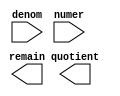
// megafunction wizard: %LPM_DIVIDE%VBB%
// GENERATION: STANDARD
// VERSION: WM1.0
// MODULE: LPM_DIVIDE 

// ============================================================
// Megafunction Name(s):
// 			LPM_DIVIDE
//
// Simulation Library Files(s):
// 			lpm
// ============================================================
// ************************************************************
// THIS IS A WIZARD-GENERATED FILE. DO NOT EDIT THIS FILE!
//
// 13.0.1 Build 232 06/12/2013 SP 1 SJ Web Edition
// ************************************************************

//Copyright (C) 1991-2013 Altera Corporation
//Your use of Altera Corporation's design tools, logic functions 
//and other software and tools, and its AMPP partner logic 
//functions, and any output files from any of the foregoing 
//(including device programming or simulation files), and any 
//associated documentation or information are expressly subject 
//to the terms and conditions of the Altera Program License 
//Subscription Agreement, Altera MegaCore Function License 
//Agreement, or other applicable license agreement, including, 
//without limitation, that your use is for the sole purpose of 
//programming logic devices manufactured by Altera and sold by 
//Altera or its authorized distributors.  Please refer to the 
//applicable agreement for further details.

module ALU_DEVIDE (
	denom,
	numer,
	quotient,
	remain);

	input	[31:0]  denom;
	input	[31:0]  numer;
	output	[31:0]  quotient;
	output	[31:0]  remain;

endmodule

// ============================================================
// CNX file retrieval info
// ============================================================
// Retrieval info: PRIVATE: INTENDED_DEVICE_FAMILY STRING "Cyclone IV GX"
// Retrieval info: PRIVATE: PRIVATE_LPM_REMAINDERPOSITIVE STRING "FALSE"
// Retrieval info: PRIVATE: PRIVATE_MAXIMIZE_SPEED NUMERIC "6"
// Retrieval info: PRIVATE: SYNTH_WRAPPER_GEN_POSTFIX STRING "1"
// Retrieval info: PRIVATE: USING_PIPELINE NUMERIC "0"
// Retrieval info: PRIVATE: VERSION_NUMBER NUMERIC "2"
// Retrieval info: PRIVATE: new_diagram STRING "1"
// Retrieval info: LIBRARY: lpm lpm.lpm_components.all
// Retrieval info: CONSTANT: LPM_DREPRESENTATION STRING "SIGNED"
// Retrieval info: CONSTANT: LPM_HINT STRING "MAXIMIZE_SPEED=6,LPM_REMAINDERPOSITIVE=FALSE"
// Retrieval info: CONSTANT: LPM_NREPRESENTATION STRING "SIGNED"
// Retrieval info: CONSTANT: LPM_TYPE STRING "LPM_DIVIDE"
// Retrieval info: CONSTANT: LPM_WIDTHD NUMERIC "32"
// Retrieval info: CONSTANT: LPM_WIDTHN NUMERIC "32"
// Retrieval info: USED_PORT: denom 0 0 32 0 INPUT NODEFVAL "denom[31..0]"
// Retrieval info: USED_PORT: numer 0 0 32 0 INPUT NODEFVAL "numer[31..0]"
// Retrieval info: USED_PORT: quotient 0 0 32 0 OUTPUT NODEFVAL "quotient[31..0]"
// Retrieval info: USED_PORT: remain 0 0 32 0 OUTPUT NODEFVAL "remain[31..0]"
// Retrieval info: CONNECT: @denom 0 0 32 0 denom 0 0 32 0
// Retrieval info: CONNECT: @numer 0 0 32 0 numer 0 0 32 0
// Retrieval info: CONNECT: quotient 0 0 32 0 @quotient 0 0 32 0
// Retrieval info: CONNECT: remain 0 0 32 0 @remain 0 0 32 0
// Retrieval info: GEN_FILE: TYPE_NORMAL ALU_DEVIDE.v TRUE
// Retrieval info: GEN_FILE: TYPE_NORMAL ALU_DEVIDE.inc FALSE
// Retrieval info: GEN_FILE: TYPE_NORMAL ALU_DEVIDE.cmp FALSE
// Retrieval info: GEN_FILE: TYPE_NORMAL ALU_DEVIDE.bsf TRUE
// Retrieval info: GEN_FILE: TYPE_NORMAL ALU_DEVIDE_inst.v FALSE
// Retrieval info: GEN_FILE: TYPE_NORMAL ALU_DEVIDE_bb.v TRUE
// Retrieval info: GEN_FILE: TYPE_NORMAL ALU_DEVIDE_syn.v TRUE
// Retrieval info: LIB_FILE: lpm